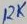
Text: 12K